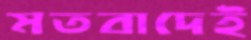
মতবাদেই